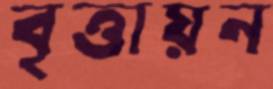
বৃত্তায়ন